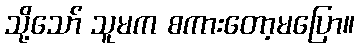
သို့သော် သူမက စကားတော့မပြော။